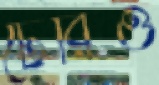
টেরিও